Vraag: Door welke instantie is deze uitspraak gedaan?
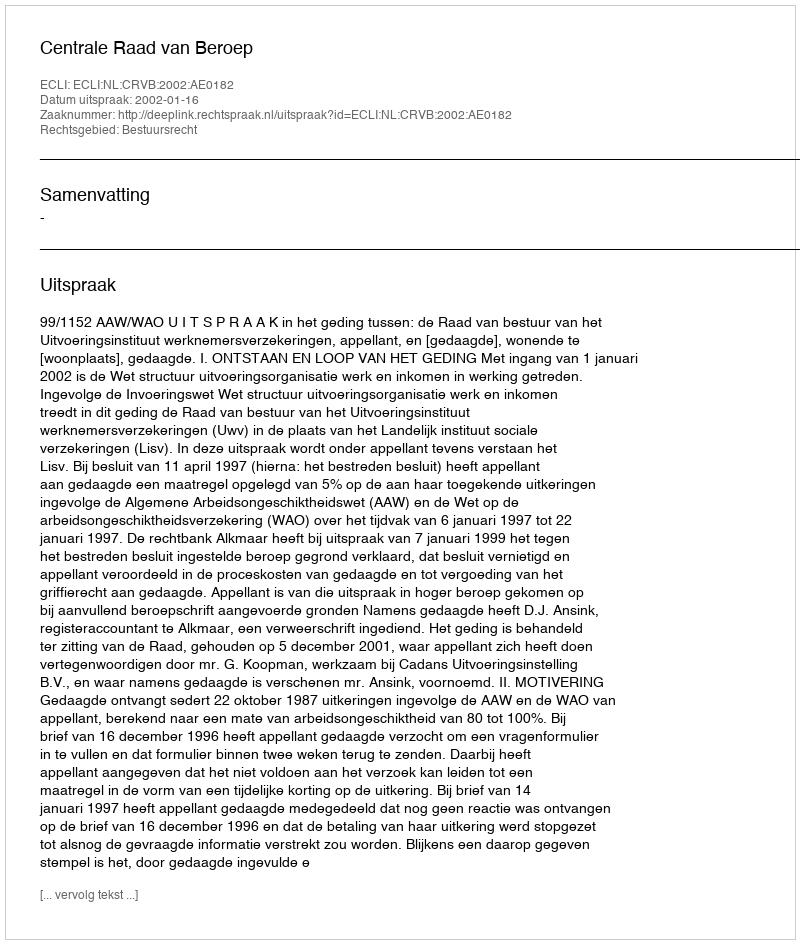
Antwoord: Centrale Raad van Beroep